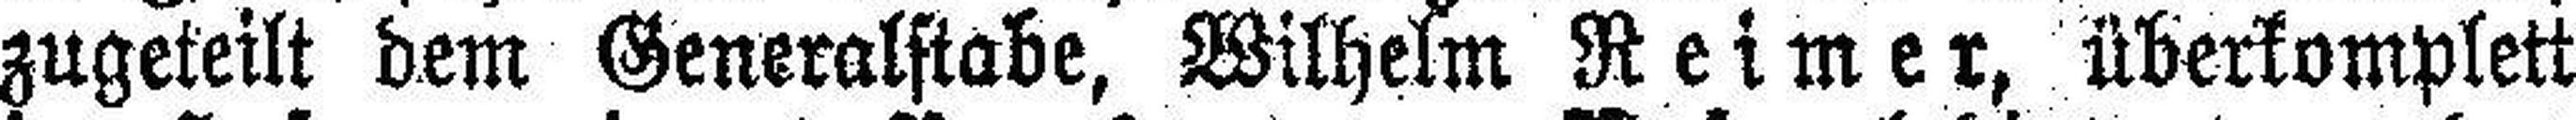
zugeteilt dem Generalstabe, Wilhelm Reimer, überkomplett